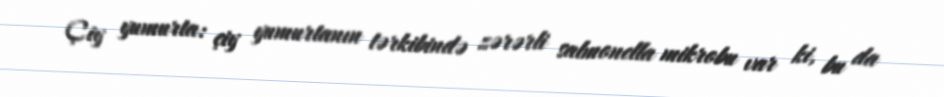
Çiy yumurta: çiy yumurtanın tərkibində zərərli salmonella mikrobu var ki, bu da